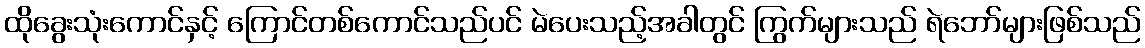
ထိုခွေးသုံးကောင်နှင့် ကြောင်တစ်ကောင်သည်ပင် မဲပေးသည့်အခါတွင် ကြွက်များသည် ရဲဘော်များဖြစ်သည်